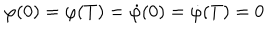
LaTeX: \varphi ( 0 ) = \varphi ( T ) = \dot { \varphi } ( 0 ) = \dot { \varphi } ( T ) = 0